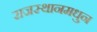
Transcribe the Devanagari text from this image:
राजस्थानमधुन